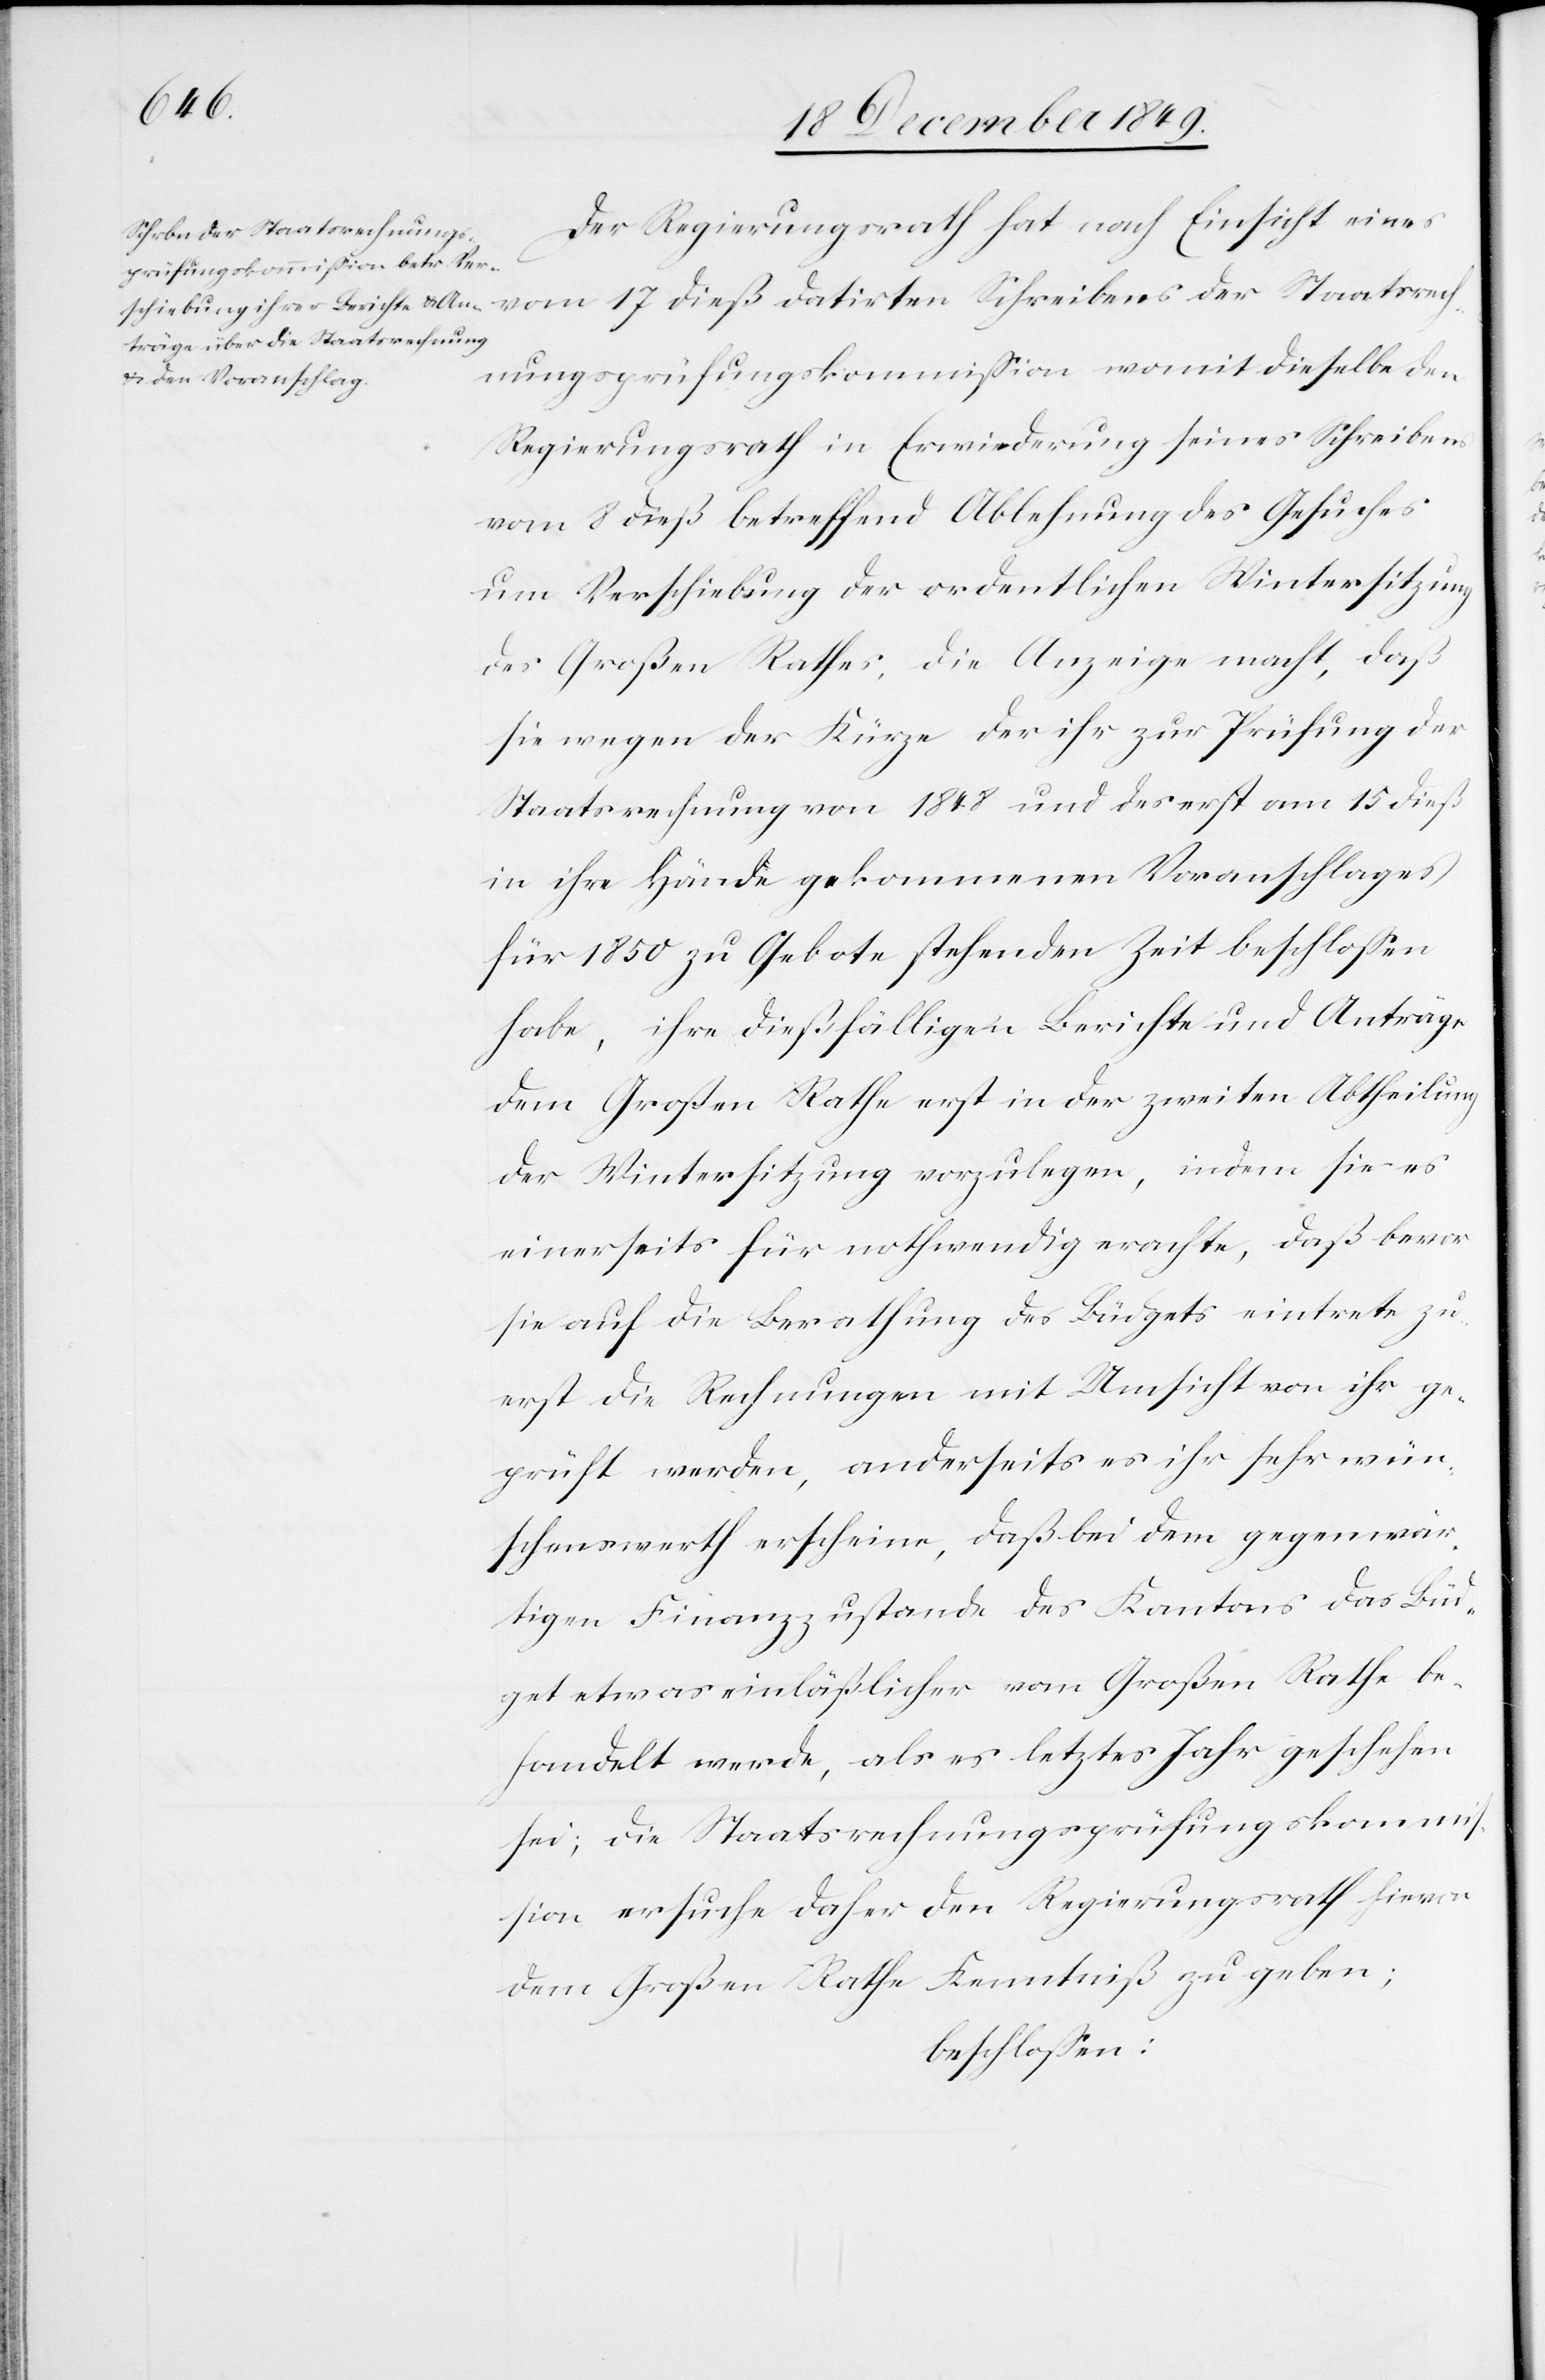
Der Regierungsrath hat nach Einsicht eines
vom 17 dieß datirten Schreibens der Staatsrech¬
nungsprüfungskommißion womit dieselbe dem
Regierungsrath in Erwiederung seines Schreibens
vom 8 dieß betreffend Ablehnung des Gesuches
um Verschiebung der ordentlichen Wintersitzung
des Großen Rathes, die Anzeige macht, daß
sie wegen der Kürze der ihr zur Prüfung der
Staatsrechnung von 1848 und des erst am 15 dieß
in ihre Hände gekommenen Voranschlages
für 1850 zu Gebote stehenden Zeit beschloßen
habe, ihre dießfälligen Berichte und Anträge
dem Großen Rathe erst in der zweiten Abtheilung
der Wintersitzung vorzulegen, indem sie es
einerseits für nothwendig erachte, daß bevor
sie auf die Berathung des Büdgets eintrete zu¬
erst die Rechnungen mit Umsicht von ihr ge¬
prüft werden, anderseits es ihr sehr wün¬
schenswerth erschiene, daß bei dem gegenwär¬
tigen Finanzzustande des Kantons das Büd¬
get etwas einläßlicher vom Großen Rathe be¬
handelt werde, als es letztes Jahr geschehen
sei; die Staatsrechnungsprüfungskomm¬
ißion ersuche daher den Regierungsrath hievon
dem Großen Rathe Kenntniß zu geben;
beschloßen: